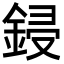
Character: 鋟